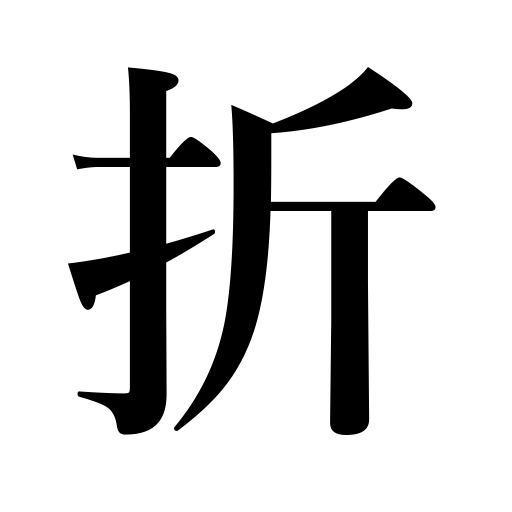
Meanings: turn to the left or right,bend,knock out teeth,make a paper toy,breaking,time,submit,occasion,be folded,fracture,snap,juncture,small food box,fold,give in,yield oneself,opportunity,break,turn down